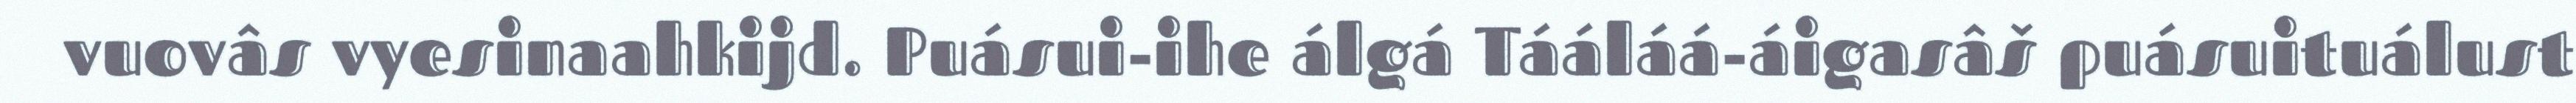
vuovâs vyesinaahkijd. Puásui-ihe álgá Tááláá-áigasâš puásuituálust